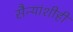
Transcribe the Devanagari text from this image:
सैन्यांशीही